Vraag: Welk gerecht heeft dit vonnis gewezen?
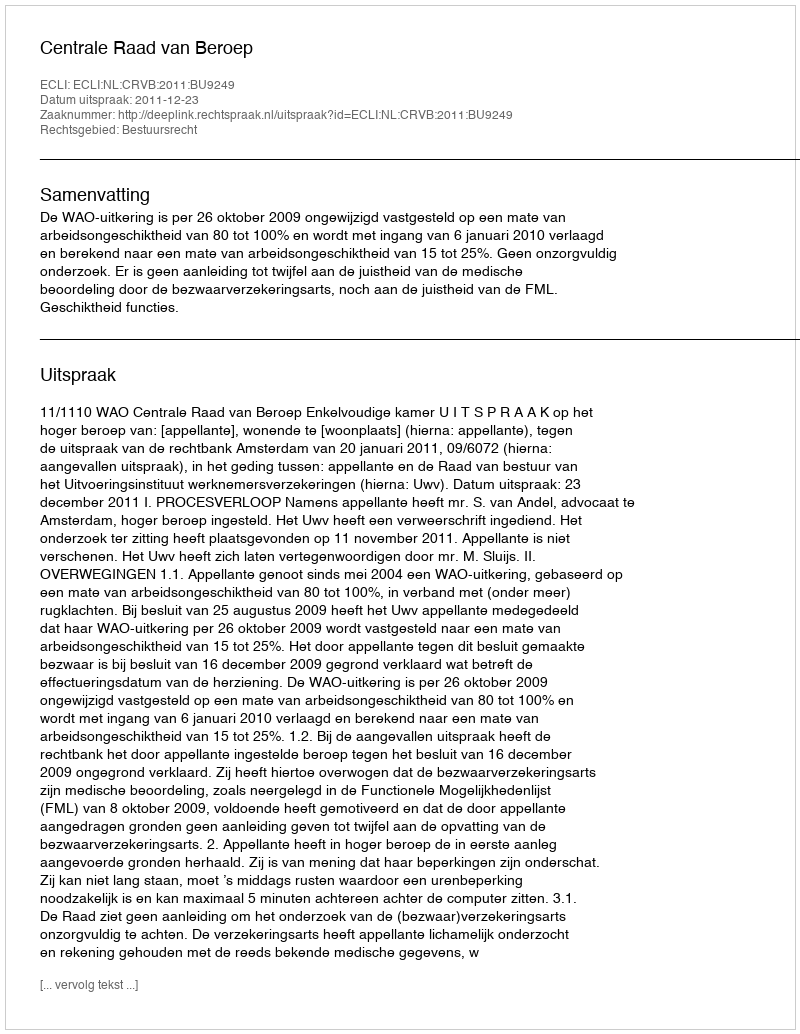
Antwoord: Centrale Raad van Beroep